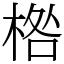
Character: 𣓌